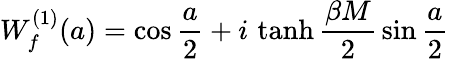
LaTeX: W_{f}^{(1)}(a)=\cos{\frac{a}{2}}+i\, \operatorname{tanh}{\frac{\beta M}{2}}\sin{\frac{a}{2}}